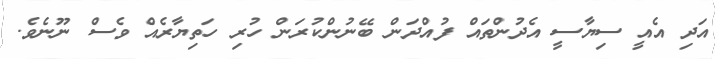
އަދި އެއީ ސިޔާސީ އެދުންތައް ފުއްދަން ބޭނުންކުރަން ހުރި ހަތިޔާރެއް ވެސް ނޫނެވެ.